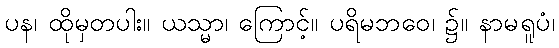
ပန၊ ထိုမှတပါး။ ယသ္မာ၊ ကြောင့်။ ပရိမဘဝေ၊ ၌။ နာမရူပံ၊